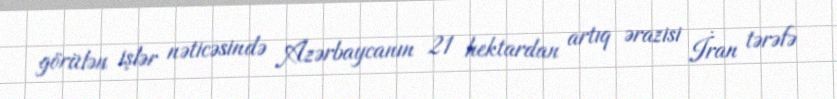
görülən işlər nəticəsində Azərbaycanın 21 hektardan artıq ərazisi İran tərəfə